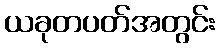
ယခုတပတ်အတွင်း